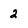
Character: 2